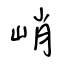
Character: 峭